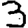
Digit: 3